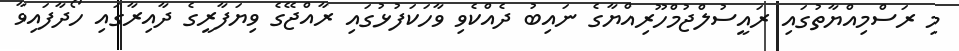
މި ރަސްމިއްޔާތުގައި ރައީސުލްޖުމްހޫރިއްޔާގެ ނައިބު ދެއްކެވި ވާހަކަފުޅުގައި ރާއްޖޭގެ ވިޔަފާރީގެ ދާއިރާގައި ހޯދާފައިވާ